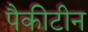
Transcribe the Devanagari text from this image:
पैकीटीन